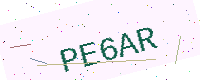
Text: PE6AR